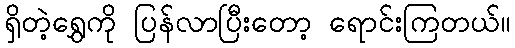
ရှိတဲ့ရွှေကို ပြန်လာပြီးတော့ ရောင်းကြတယ်။